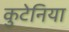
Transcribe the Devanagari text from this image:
कुटेनिया